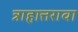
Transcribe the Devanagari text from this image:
त्राहात्तरावा